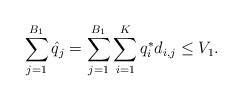
LaTeX: \begin{align*}\sum\limits_{j=1}^{B_{1}} {\hat{q}}_j = \sum\limits_{j=1}^{B_{1}}\sum\limits_{i=1}^K {q}^*_i d_{i,j} \leq V_1.\end{align*}